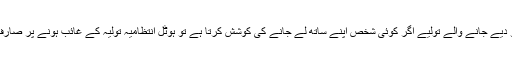
: فائیو اسٹار ہوٹل میں صارف کو دیے جانے والے تولیے اگر کوئی شخص اپنے ساتھ لے جانے کی کوشش کرتا ہے تو ہوٹل انتظامیہ تولیہ کے غائب ہونے پر صارف پر جرمانہ عائد کر سکتی ہے۔